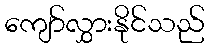
ကျော်လွှားနိုင်သည်